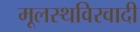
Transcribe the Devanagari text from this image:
मूलस्थविरवादी